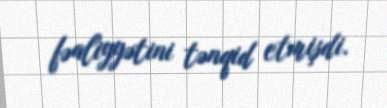
fəaliyyətini tənqid etmişdi.